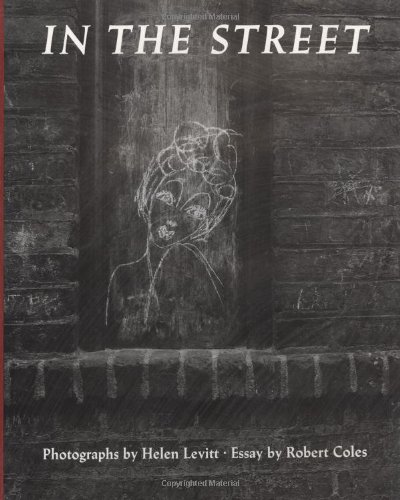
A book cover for In the Street: Chalk Drawings and Messages, New York City, 1938EE1948; Helen Levitt; Arts & Photography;